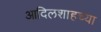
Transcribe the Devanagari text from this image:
आदिलशाहच्या